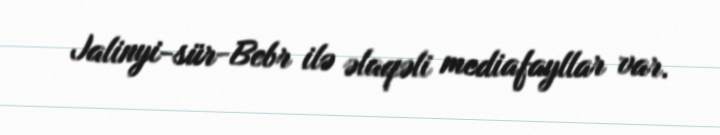
Jalinyi-sür-Bebr ilə əlaqəli mediafayllar var.